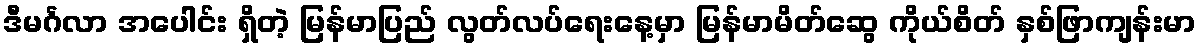
ဒီမင်္ဂလာ အပေါင်း ရှိတဲ့ မြန်မာပြည် လွတ်လပ်ရေးနေ့မှာ မြန်မာမိတ်ဆွေ ကိုယ်စိတ် နှစ်ဖြာကျန်းမာ